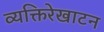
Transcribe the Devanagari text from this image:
व्यक्तिरेखाटन